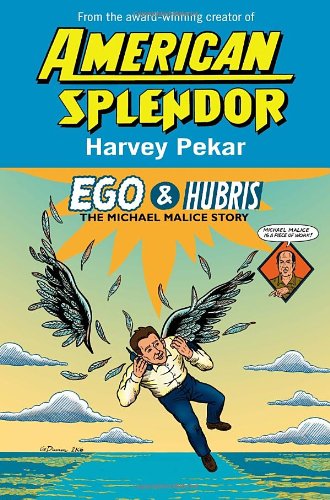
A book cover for Ego & Hubris: The Michael Malice Story; Harvey Pekar; Comics & Graphic Novels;